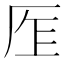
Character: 𠩎